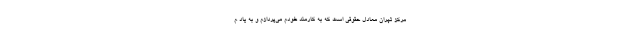
مرکز تهران معادل حقوقی است که به کارمند خودم می‌پردازم و به یاد م